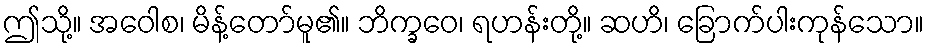
ဤသို့။ အဝေါစ၊ မိန့်တော်မူ၏။ ဘိက္ခဝေ၊ ရဟန်းတို့။ ဆဟိ၊ ခြောက်ပါးကုန်သော။